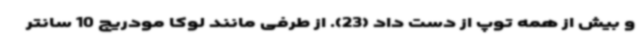
و بیش از همه توپ از دست داد (23). از طرفی مانند لوکا مودریچ 10 سانتر